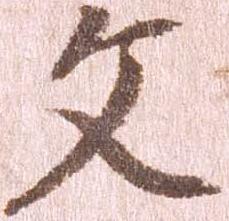
文